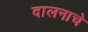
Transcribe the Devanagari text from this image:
दालनाचे